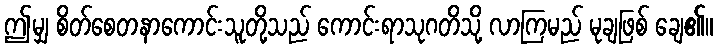
ဤမျှ စိတ်စေတနာကောင်းသူတို့သည် ကောင်းရာသုဂတိသို့ လာကြမည် မုချဖြစ် ချေ၏။